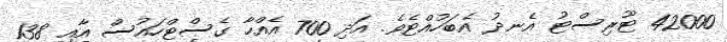
42000 ޓޫރިސްޓު އެނދު އެބަހުއްޓެވެ. އަދި 700 އެއްހާ ގެސްޓްހައުސް އާއި 138